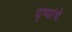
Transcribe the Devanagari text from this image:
दृष्यांचे